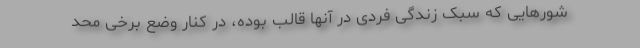
شورهایی که سبک زندگی فردی در آنها قالب بوده، در کنار وضع برخی محد